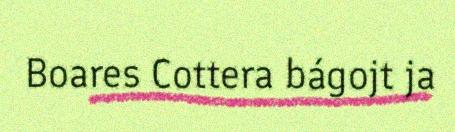
Boares Cottera bágojt ja